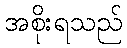
အစိုးရသည်